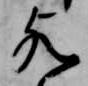
歟